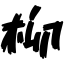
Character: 柳